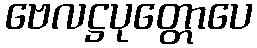
ဗေလဋ္ဌပုတ္တောပေ